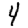
Digit: 4